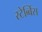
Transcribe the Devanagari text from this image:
स्टेब्बिंस